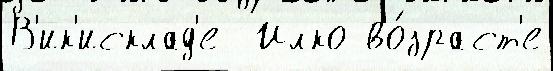
В'ик'исклад'е  Илко во́зраст'е